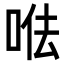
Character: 𠳷